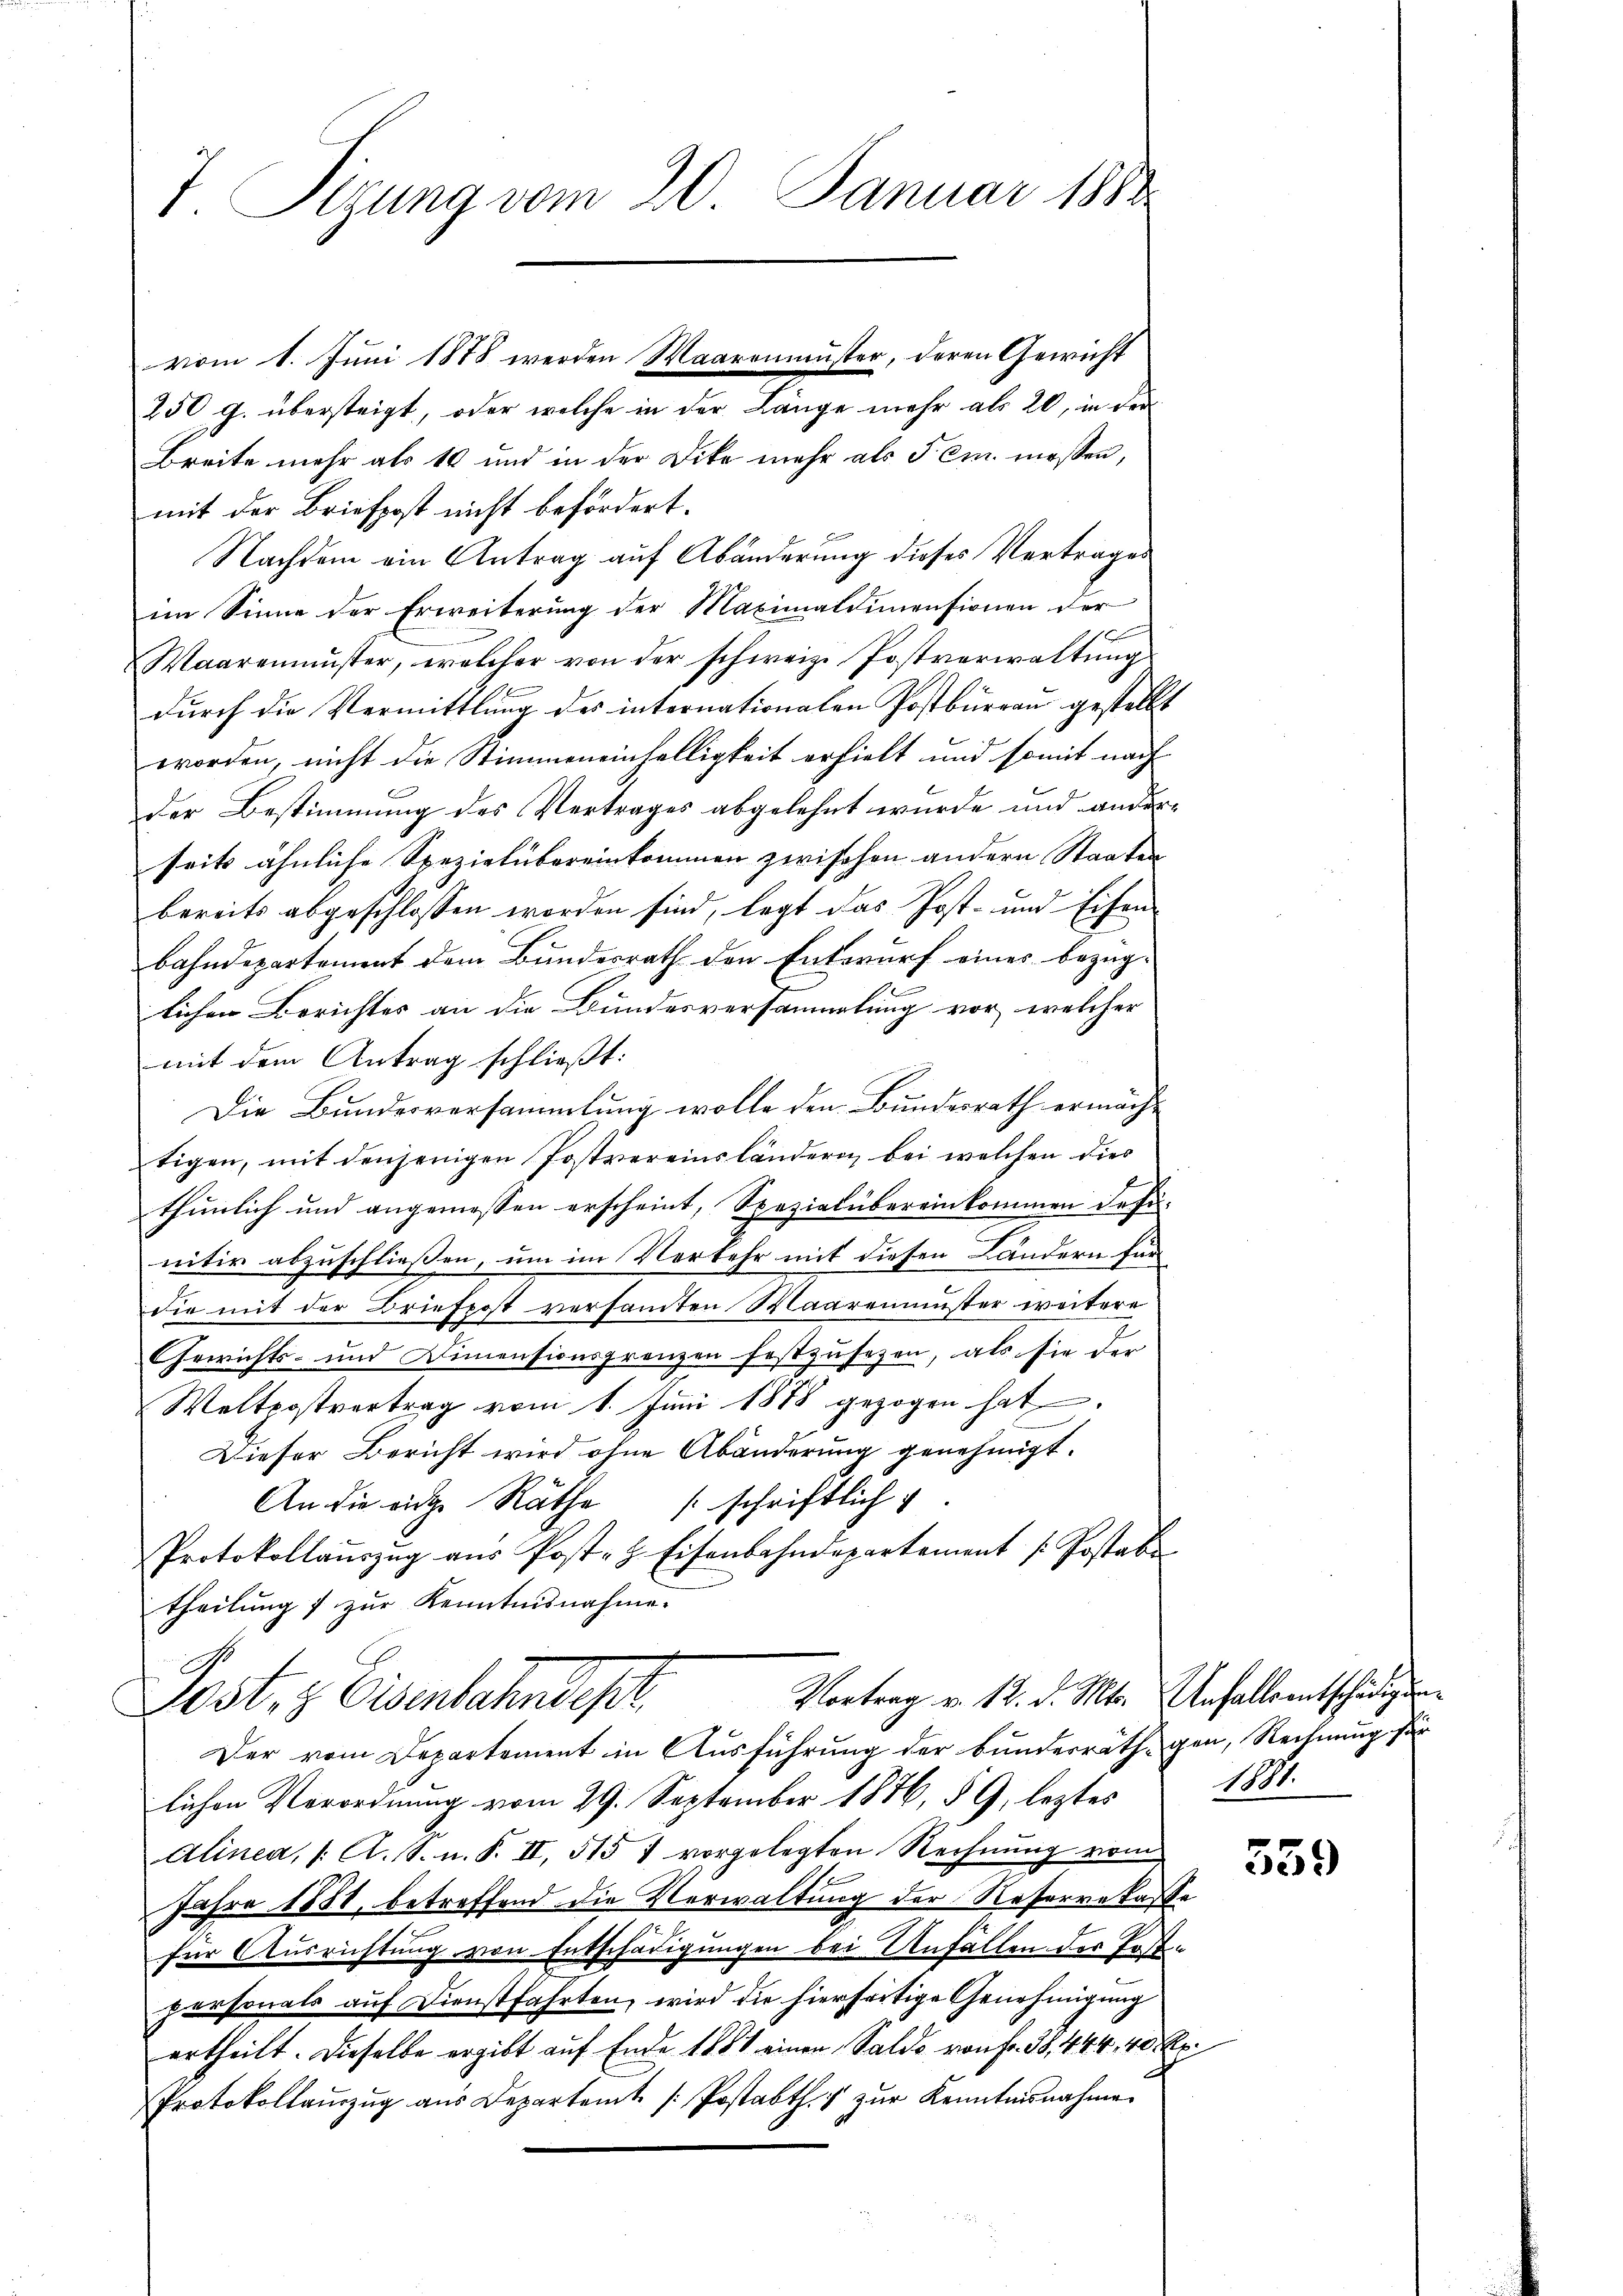
T. Sizung vom 20. Januar 1881

250 g. übersteigt, oder welche in der Länge mehr als 20, in der
Breite mehr als 10 und in der Dike mehr als dem messen,
mit der Briefpost nicht befördert.
Nachdem ein Antrag auf Abänderung dieses Vertrages
im Sinne der Erweiterung der Maximaldimensionen der
Waarenmuster, welcher von der schweiz. Postverwaltŭngs
durch die Vermittlung des internationalen Postbureau gestellt
worden, nicht die Stimmeneinhelligkeit erhielt und somit nach
der Bestimmung des Vertrages abgelehnt wurde und anderseits ähnliche Spezielübereinkommen zwischen andern Staaten
bereits abgeschlossen worden sind, legt das Post- und Eisen
bahndepartement dem Bundesrath den Entwurf eines bezüglichen Berichtes an die Bundesversammlung vor, welcher
mit dem Antrag schließt:
Die Bundesversammlung wolle den Bundesrath ermächtigen, mit denjenigen Postvereinsländern bei welchen dies
thunlich und angemessen erscheint, Spezialübereinkommen definitiv abzuschließen, um im Verkehr mit diesen Ländern für
die mit der Briefpost versamten Maaremuster weitere
Gewichts- und Dimensionsgrenzen festzusetzen, als sie der
Welterstvertrag vom 1. Juni 1878 gezogen hat.
Dieser Bericht wird ohne Abänderung genehmigt.
An die riche Räthe schriftlich
Protokollaŭszŭg aŭs Post- & Eisenbahndepartement Postabe
theilung 7 zur Kenntnisnahme.
Vortrag v. 12. d. Mts. Anfalls entschädigun
Post, z. Eisenbahndet
Der vom Departement in Ausführung der Bunderräthigen, Rechnung für
lichen Verordnung vom 29. September 1846, § 9, leztes
Alinea, 1. A. S. n. F. II, 515 1 vorgelegten Rechnung vom
Jahre 1881, betroffend die Verwaltung der Reserrekasse
für Ausrichtung von Entschädigungen bei Unfällen der Postpersonals auf Dienstfahrten, wird die hierseitige Genehmigung
ertheilt. Dieselbe ergibt auf Ende 1881 einen Saldo von fr. 38, 444, 40 Rp.
Protokollaŭzŭg aŭs Departamt / Postabth. zŭr Kenntnisnahme

vom 1. Juni 1878 werden Maaronmuster, deren Gewicht

1187.

559